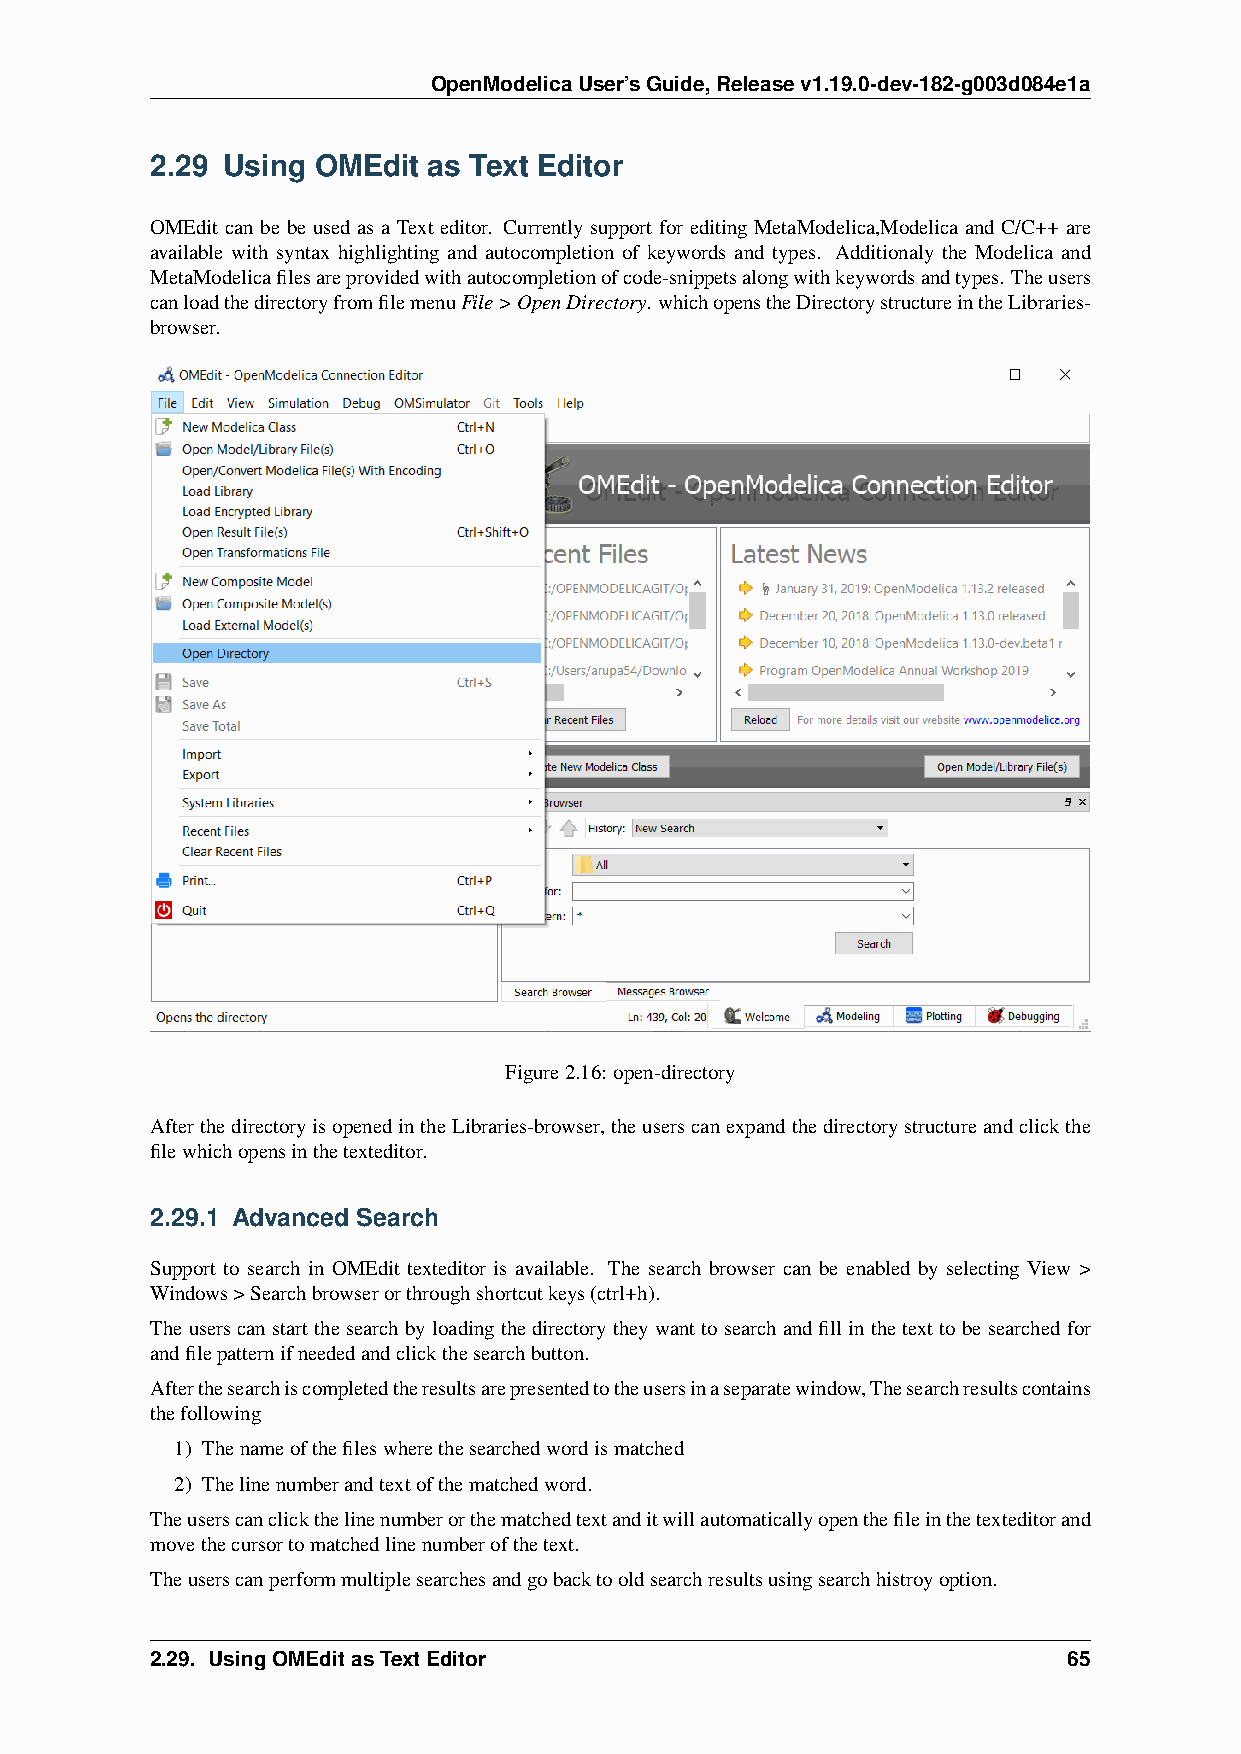
OpenModelicaUser’sGuide,Releasev1.19.0-dev-182-g003d084e1a
 2.29 Using OMEdit as Text Editor
 OMEdit can be be used as a Text editor. Currently support for editing MetaModelica,Modelica and C/C++ are
 available with syntax highlighting and autocompletion of keywords and types. Additionaly the Modelica and
 MetaModelicafilesareprovidedwithautocompletionofcode-snippetsalongwithkeywordsandtypes. Theusers
 canloadthedirectoryfromfilemenuFile>OpenDirectory. whichopenstheDirectorystructureintheLibraries-
 browser.
 Figure2.16: open-directory
 AfterthedirectoryisopenedintheLibraries-browser, theuserscanexpandthedirectorystructureandclickthe
 filewhichopensinthetexteditor.
 2.29.1 Advanced Search
 Support to search in OMEdit texteditor is available. The search browser can be enabled by selecting View >
 Windows>Searchbrowserorthroughshortcutkeys(ctrl+h).
 Theuserscanstartthesearchbyloadingthedirectorytheywanttosearchandfillinthetexttobesearchedfor
 andfilepatternifneededandclickthesearchbutton.
 Afterthesearchiscompletedtheresultsarepresentedtotheusersinaseparatewindow,Thesearchresultscontains
 thefollowing
 1) Thenameofthefileswherethesearchedwordismatched
 2) Thelinenumberandtextofthematchedword.
 Theuserscanclickthelinenumberorthematchedtextanditwillautomaticallyopenthefileinthetexteditorand
 movethecursortomatchedlinenumberofthetext.
 Theuserscanperformmultiplesearchesandgobacktooldsearchresultsusingsearchhistroyoption.
 2.29. UsingOMEditasTextEditor                                65